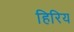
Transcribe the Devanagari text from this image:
हिरिय